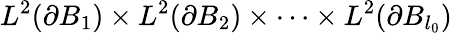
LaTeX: L^{2}(\partial B_{1})\times L^{2}(\partial B_{2})\times\cdots\times L^{2}(\partial B_{l_{0}})